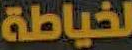
لخياطة